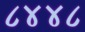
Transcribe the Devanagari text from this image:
८४४८